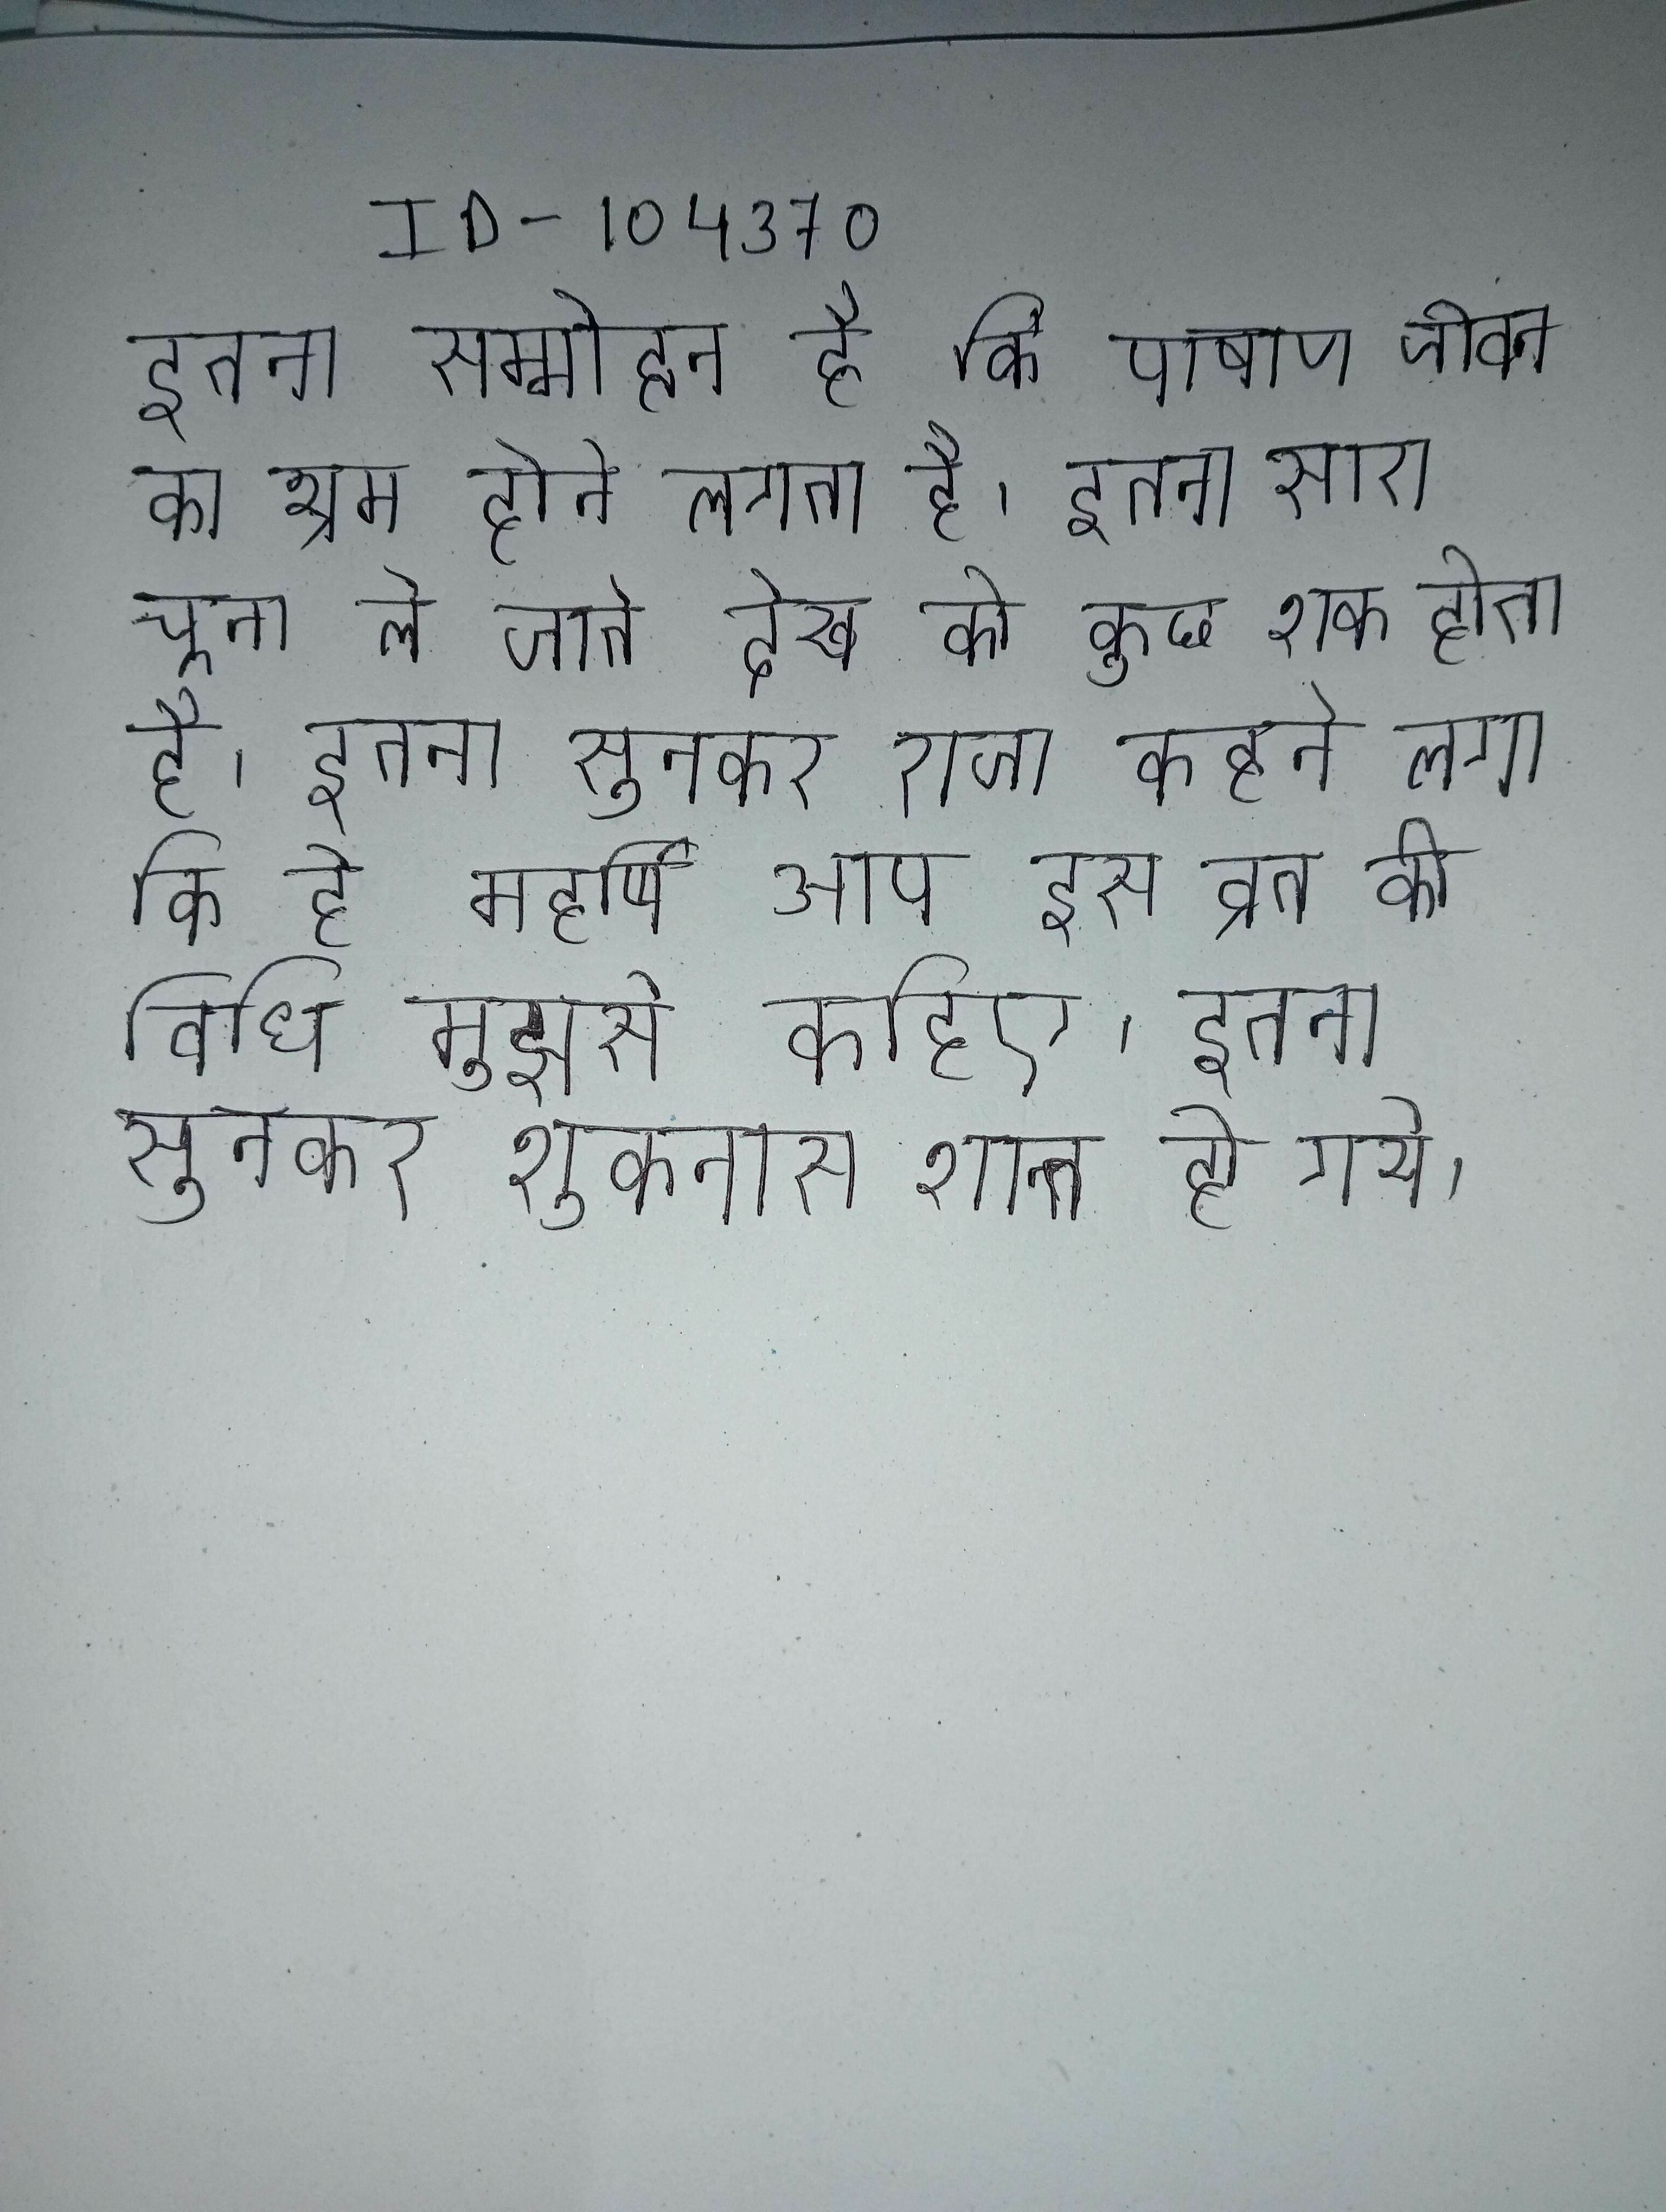
इतना सम्मोहन है कि पाषाण जीवन का भ्रम होने लगता है । इतना सारा चूना ले जाते देख को कुछ शक होता है । इतना सुनकर राजा कहने लगा कि हे महर्षि आप इस व्रत की विधि मुझसे कहिए । इतना सुनकर शुकनास शान्त हो गये ।